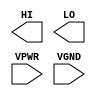
module sky130_fd_sc_hs__conb (
    //# {{data|Data Signals}}
    output HI  ,
    output LO  ,

    //# {{power|Power}}
    input  VPWR,
    input  VGND
);
endmodule